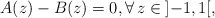
\begin{align*} A(z) -B(z)=0,\forall \, z\in {}]{-}1,1 [, \end{align*}